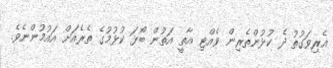
އެރިވަގުތު ދެ ކުޅުންތެރިން ވެއްޓި އާތީ އަތުން ބޯޅަ ކުޅުމުގެ ތެރެއަށް އައުމުންނެވެ.